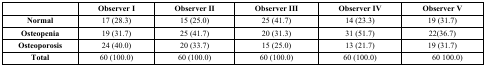
|  | Observer I | Observer II | Observer III | Observer IV | Observer V |
 | --- | --- | --- | --- | --- | --- |
 | Normal | 17 (28.3) | 15 (25.0) | 25 (41.7) | 14 (23.3) | 19 (31.7) |
 | Osteopenia | 19 (31.7) | 25 (41.7) | 20 (31.3) | 31 (51.7) | 22(36.7) |
 | Osteoporosis | 24 (40.0) | 20 (33.7) | 15 (25.0) | 13 (21.7) | 19 (31.7) |
 | Total | 60 (100.0) | 60 (100.0) | 60 (100.0) | 60 (100.0) | 60 100.0) |